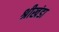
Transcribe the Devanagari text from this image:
श्रीखंडा